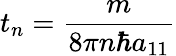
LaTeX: t_{n}=\frac{m}{8\pi n\hbar a_{11}}